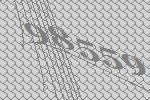
98559